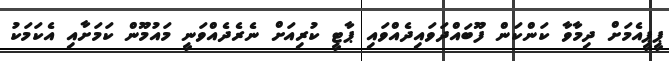
ޕީޕީއެމަށް ދިމާވާ ކަންކަން ފޫބައްދަވައިދެއްވައި ޕާޓީ ކުރިއަށް ނެރެދެއްވަނީ މައުމޫން ކަމަށާއި އެކަމަކު